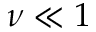
\nu \ll 1